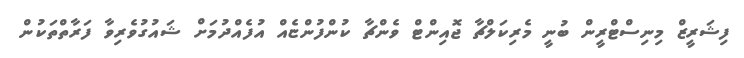
ފިޝަރީޒް މިނިސްޓްރީން ބުނީ މެރިކަލްޗާ ޖޮއިންޓް ވެންޗާ ކުންފުންޏެއް އުފެއްދުމަށް ޝައުގުވެރިވާ ފަރާތްތަކުން